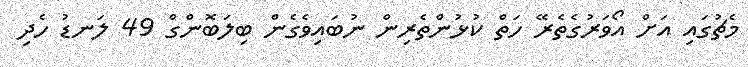
މެޗުގައި އަށް އޯވަރުގެތެރޭ ހަތް ކުޅުންތެރިން ނުބައިވެގެން ބިލަބޮންގް 49 ލަނޑު ހެދި